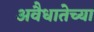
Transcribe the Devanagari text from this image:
अवैधातेच्या